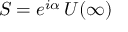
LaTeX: S = e ^ { i \alpha } \, U ( \infty )